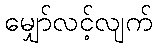
မျှော်လင့်လျက်